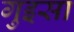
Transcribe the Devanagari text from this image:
गुइसा